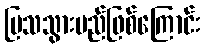
ပြသသွားမည်ဖြစ်ကြောင်း